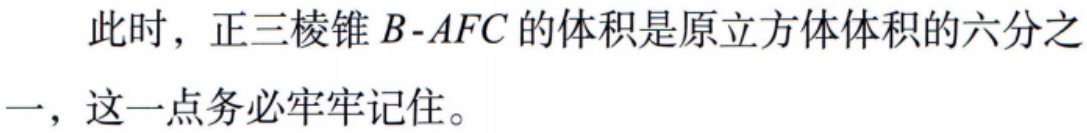
此时，正三棱锥\(B - AFC\)的体积是原立方体体积的六分之一，这一点务必牢牢记 住。